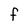
Character: F